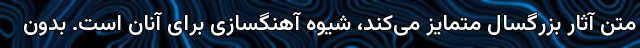
متن آثار بزرگسال متمایز می‌کند، شیوه آهنگسازی برای آنان است. بدون